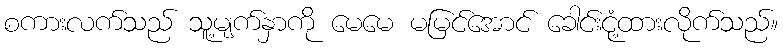
စကားလက်သည် သူ့မျက်နှာကို မေမေ မမြင်အောင် ခေါင်းငုံ့ထားလိုက်သည်။